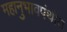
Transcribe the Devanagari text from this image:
महानुभावपंथीय